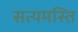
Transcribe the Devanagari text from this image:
सत्यमस्ति